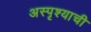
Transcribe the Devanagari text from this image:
अस्पृश्याची